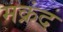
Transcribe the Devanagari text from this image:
मक्रंद